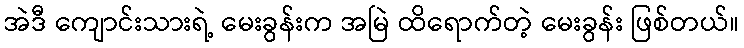
အဲဒီ ကျောင်းသားရဲ့ မေးခွန်းက အမြဲ ထိရောက်တဲ့ မေးခွန်း ဖြစ်တယ်။